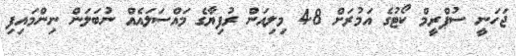
ޖަހަނީ ސުޕްރީމް ކޯޓުގެ އަމުރަށް 4.8 މިލިއަން ރުފިޔާގެ މައްސަަލައެއް ނުބަލަން ނިންމައިފި